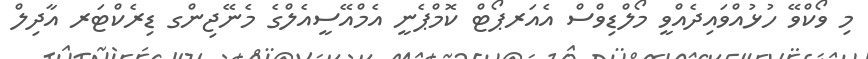
މި ވޯކްވޭ ހުޅުއްވައިދެއްވީ މޯލްޑިވްސް އެއަރޕޯޓް ކޮމްޕެނީ އެމްއޭސީއެލްގެ މެނޭޖިންގ ޑިރެކްޓަރ އާދިލް